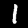
Digit: 1